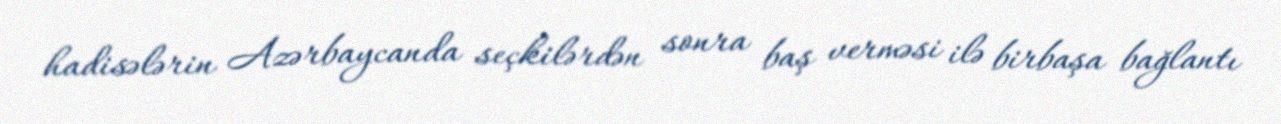
hadisələrin Azərbaycanda seçkilərdən sonra baş verməsi ilə birbaşa bağlantı